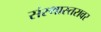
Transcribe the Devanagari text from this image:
संस्थास्तरावर